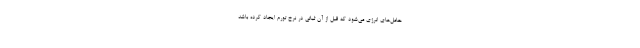
حامل‌های انرژی می‌شود که قبل از آن ثباتی در نرخ تورم ایجاد کرده باشد